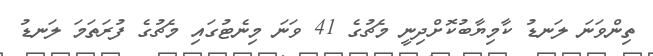
ތިންވަނަ ލަނޑު ކާމިޔާބުކޮށްދިނީ މެޗުގެ 41 ވަނަ މިނެޓުގައި މެޗުގެ ފުރަތަމަ ލަނޑު